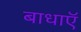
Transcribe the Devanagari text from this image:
बाधाऍ